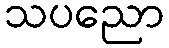
သပညော